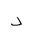
Letter: _dal